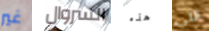
غير السروال هذه التي